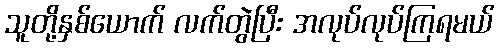
သူတို့နှစ်ယောက် လက်တွဲပြီး အလုပ်လုပ်ကြရမယ်